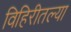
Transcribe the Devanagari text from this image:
विहिरीतल्या